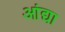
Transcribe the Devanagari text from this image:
आंद्या